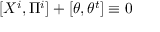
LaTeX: [ X ^ { i } , \Pi ^ { i } ] + [ \theta , \theta ^ { t } ] \equiv 0